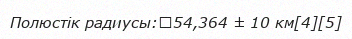
Полюстік радиусы:	54,364 ± 10 км[4][5]